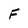
Character: F